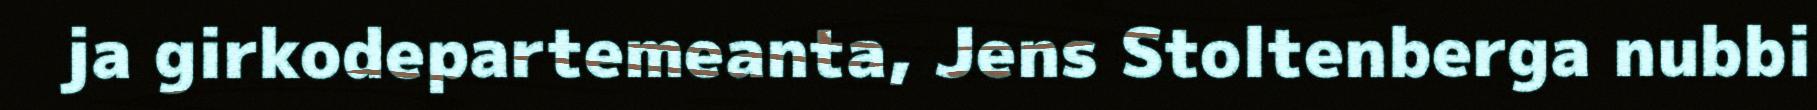
ja girkodepartemeanta, Jens Stoltenberga nubbi